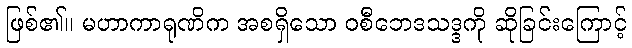
ဖြစ်၏။ မဟာကာရုဏိက အစရှိသော ဝစီဘေဒသဒ္ဒကို ဆိုခြင်းကြောင့်